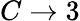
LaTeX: C\to 3